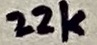
Text: 22k